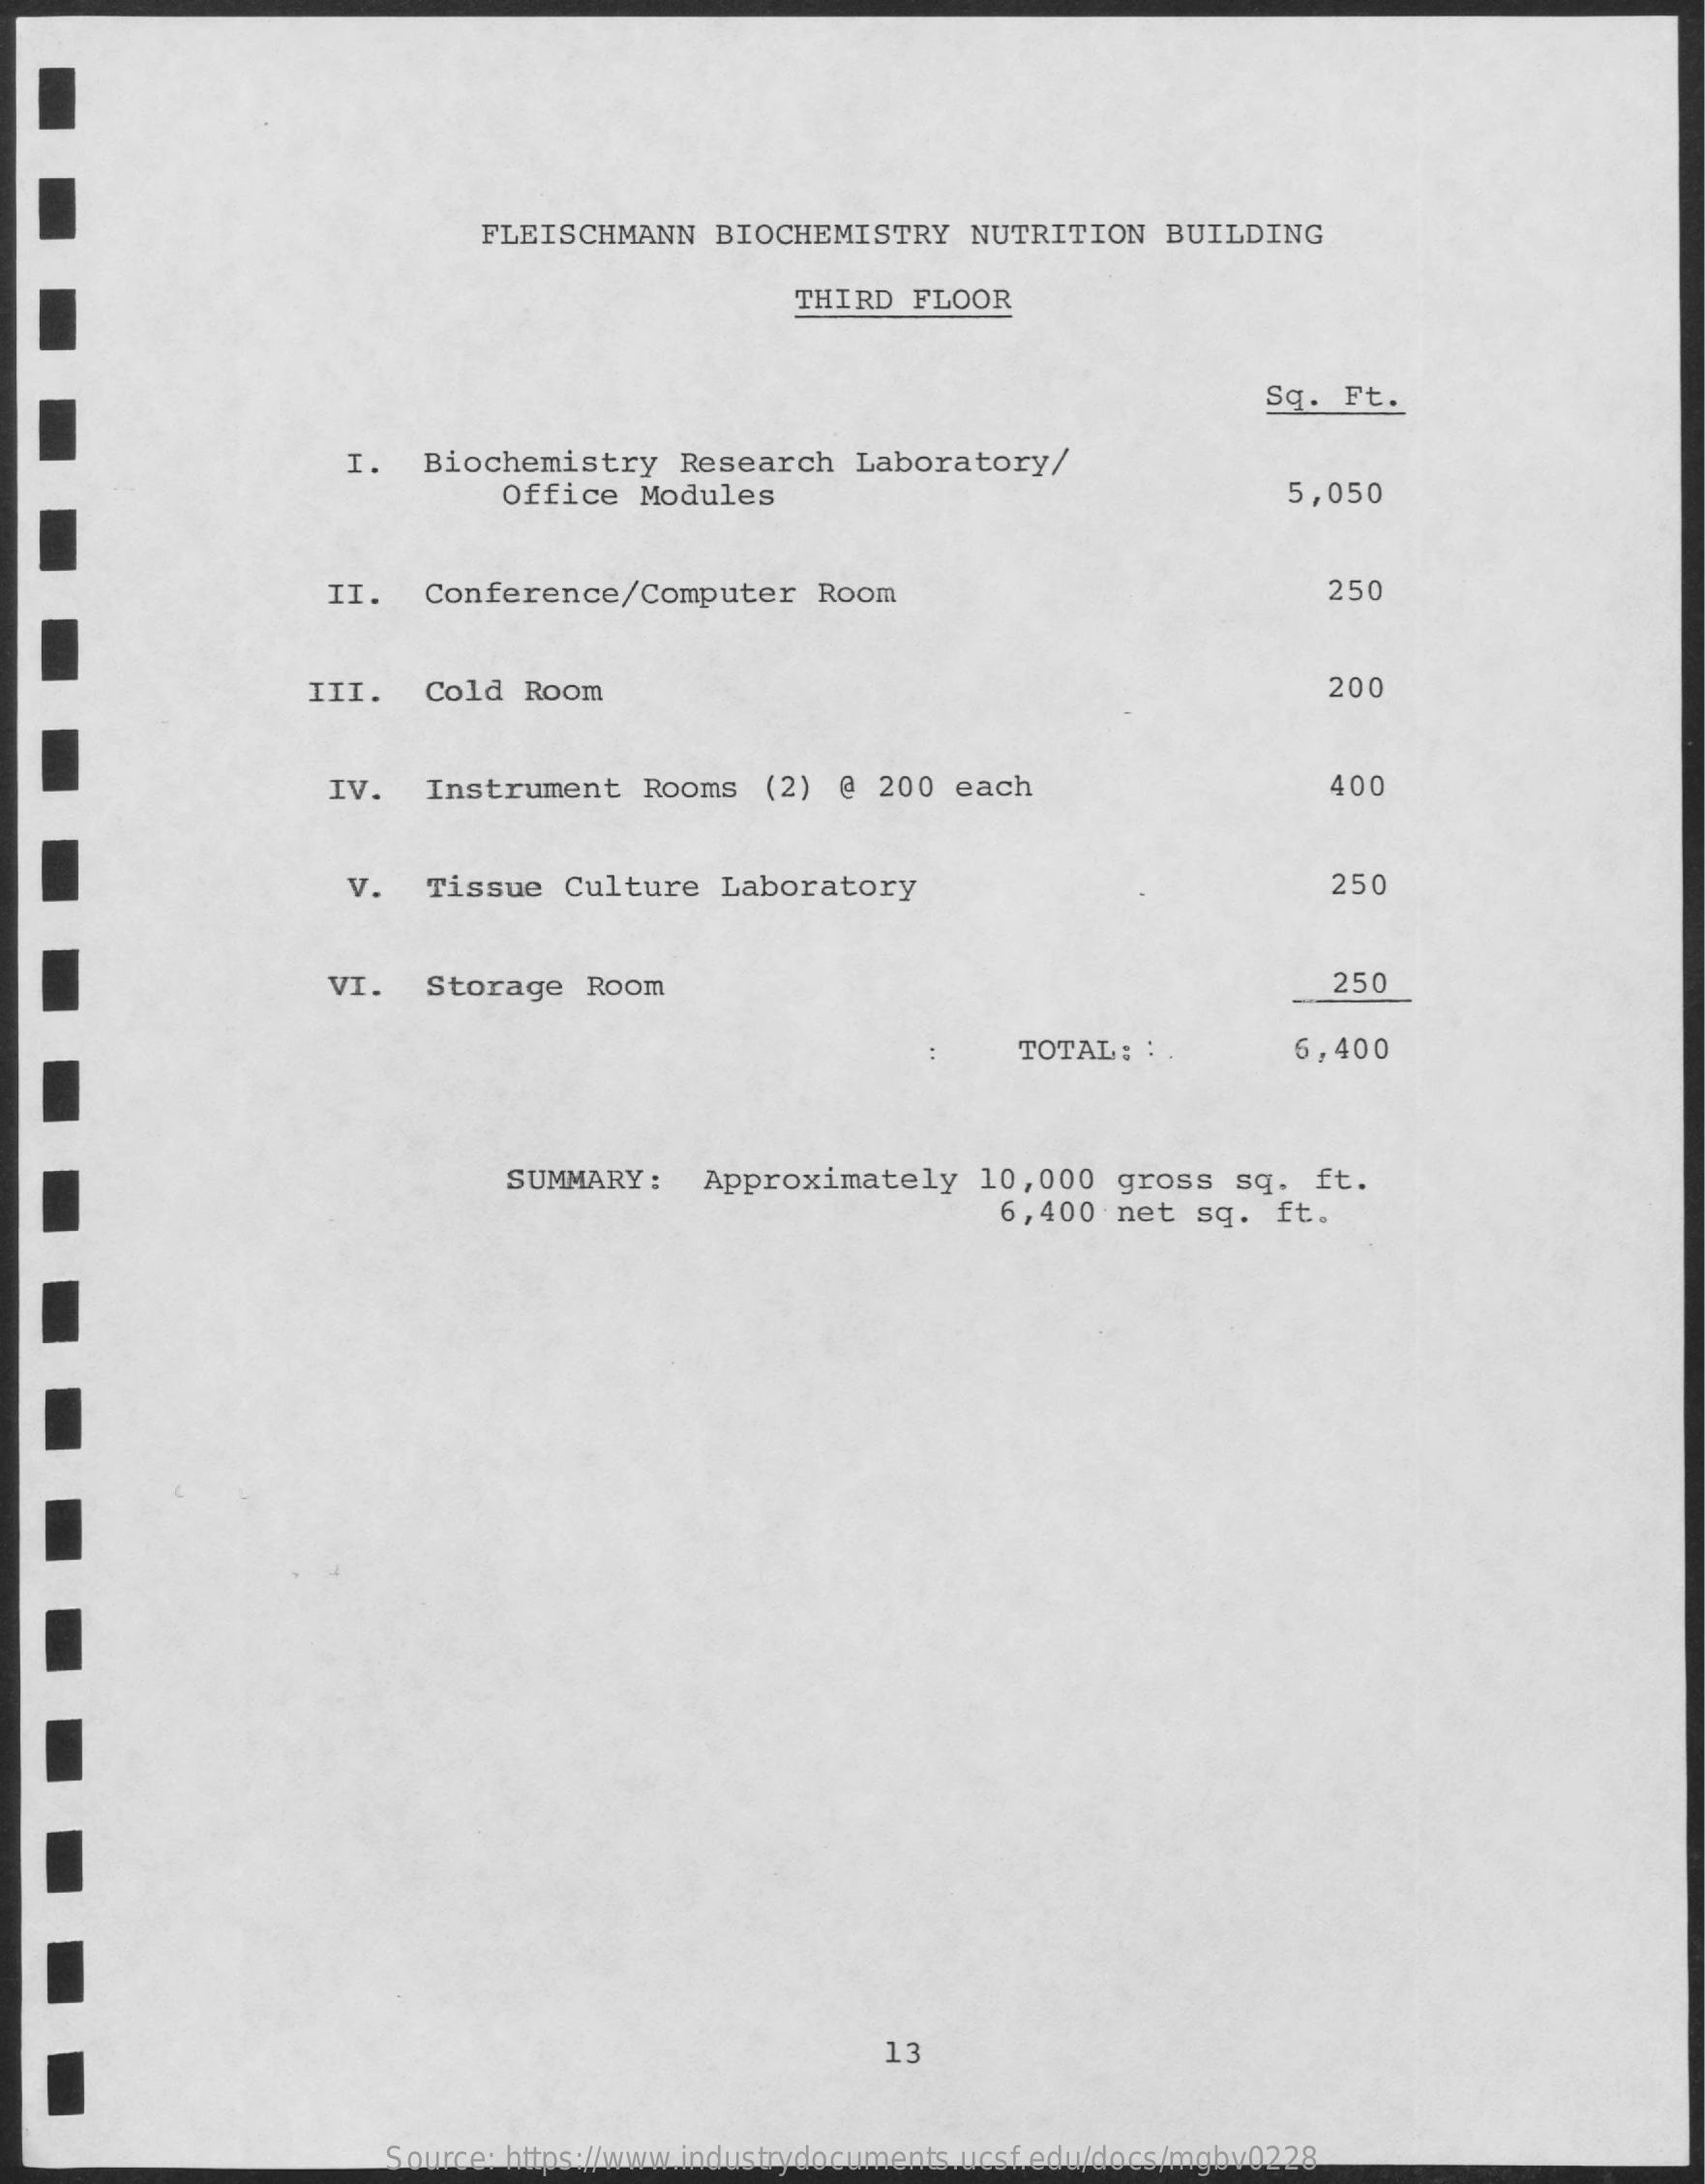
FLEISCHMANN   BIOCHEMISTRY    NUTRITION   BUILDING
     THIRD  FLOOR
     Sq. Ft.
     I.   Biochemistry    Research   Laboratory/
     Office   Modules    5,050
     II.   Conference/Computer    Room    250
     III.   Cold  Room    200
     IV.   Instrument    Rooms  (2)  @  200  each    400
     v.   Tissue   Culture   Laboratory    250
     VI.   Storage   Room    250
     TOTAL:  : .    5,400
     SUMMARY:    Approximately    10,000   gross  sq.  ft.
     6,400  net  sq.  ft.
     13
     Source: https://www.industrydocuments.ucsf.edu/docs/mgbv0228